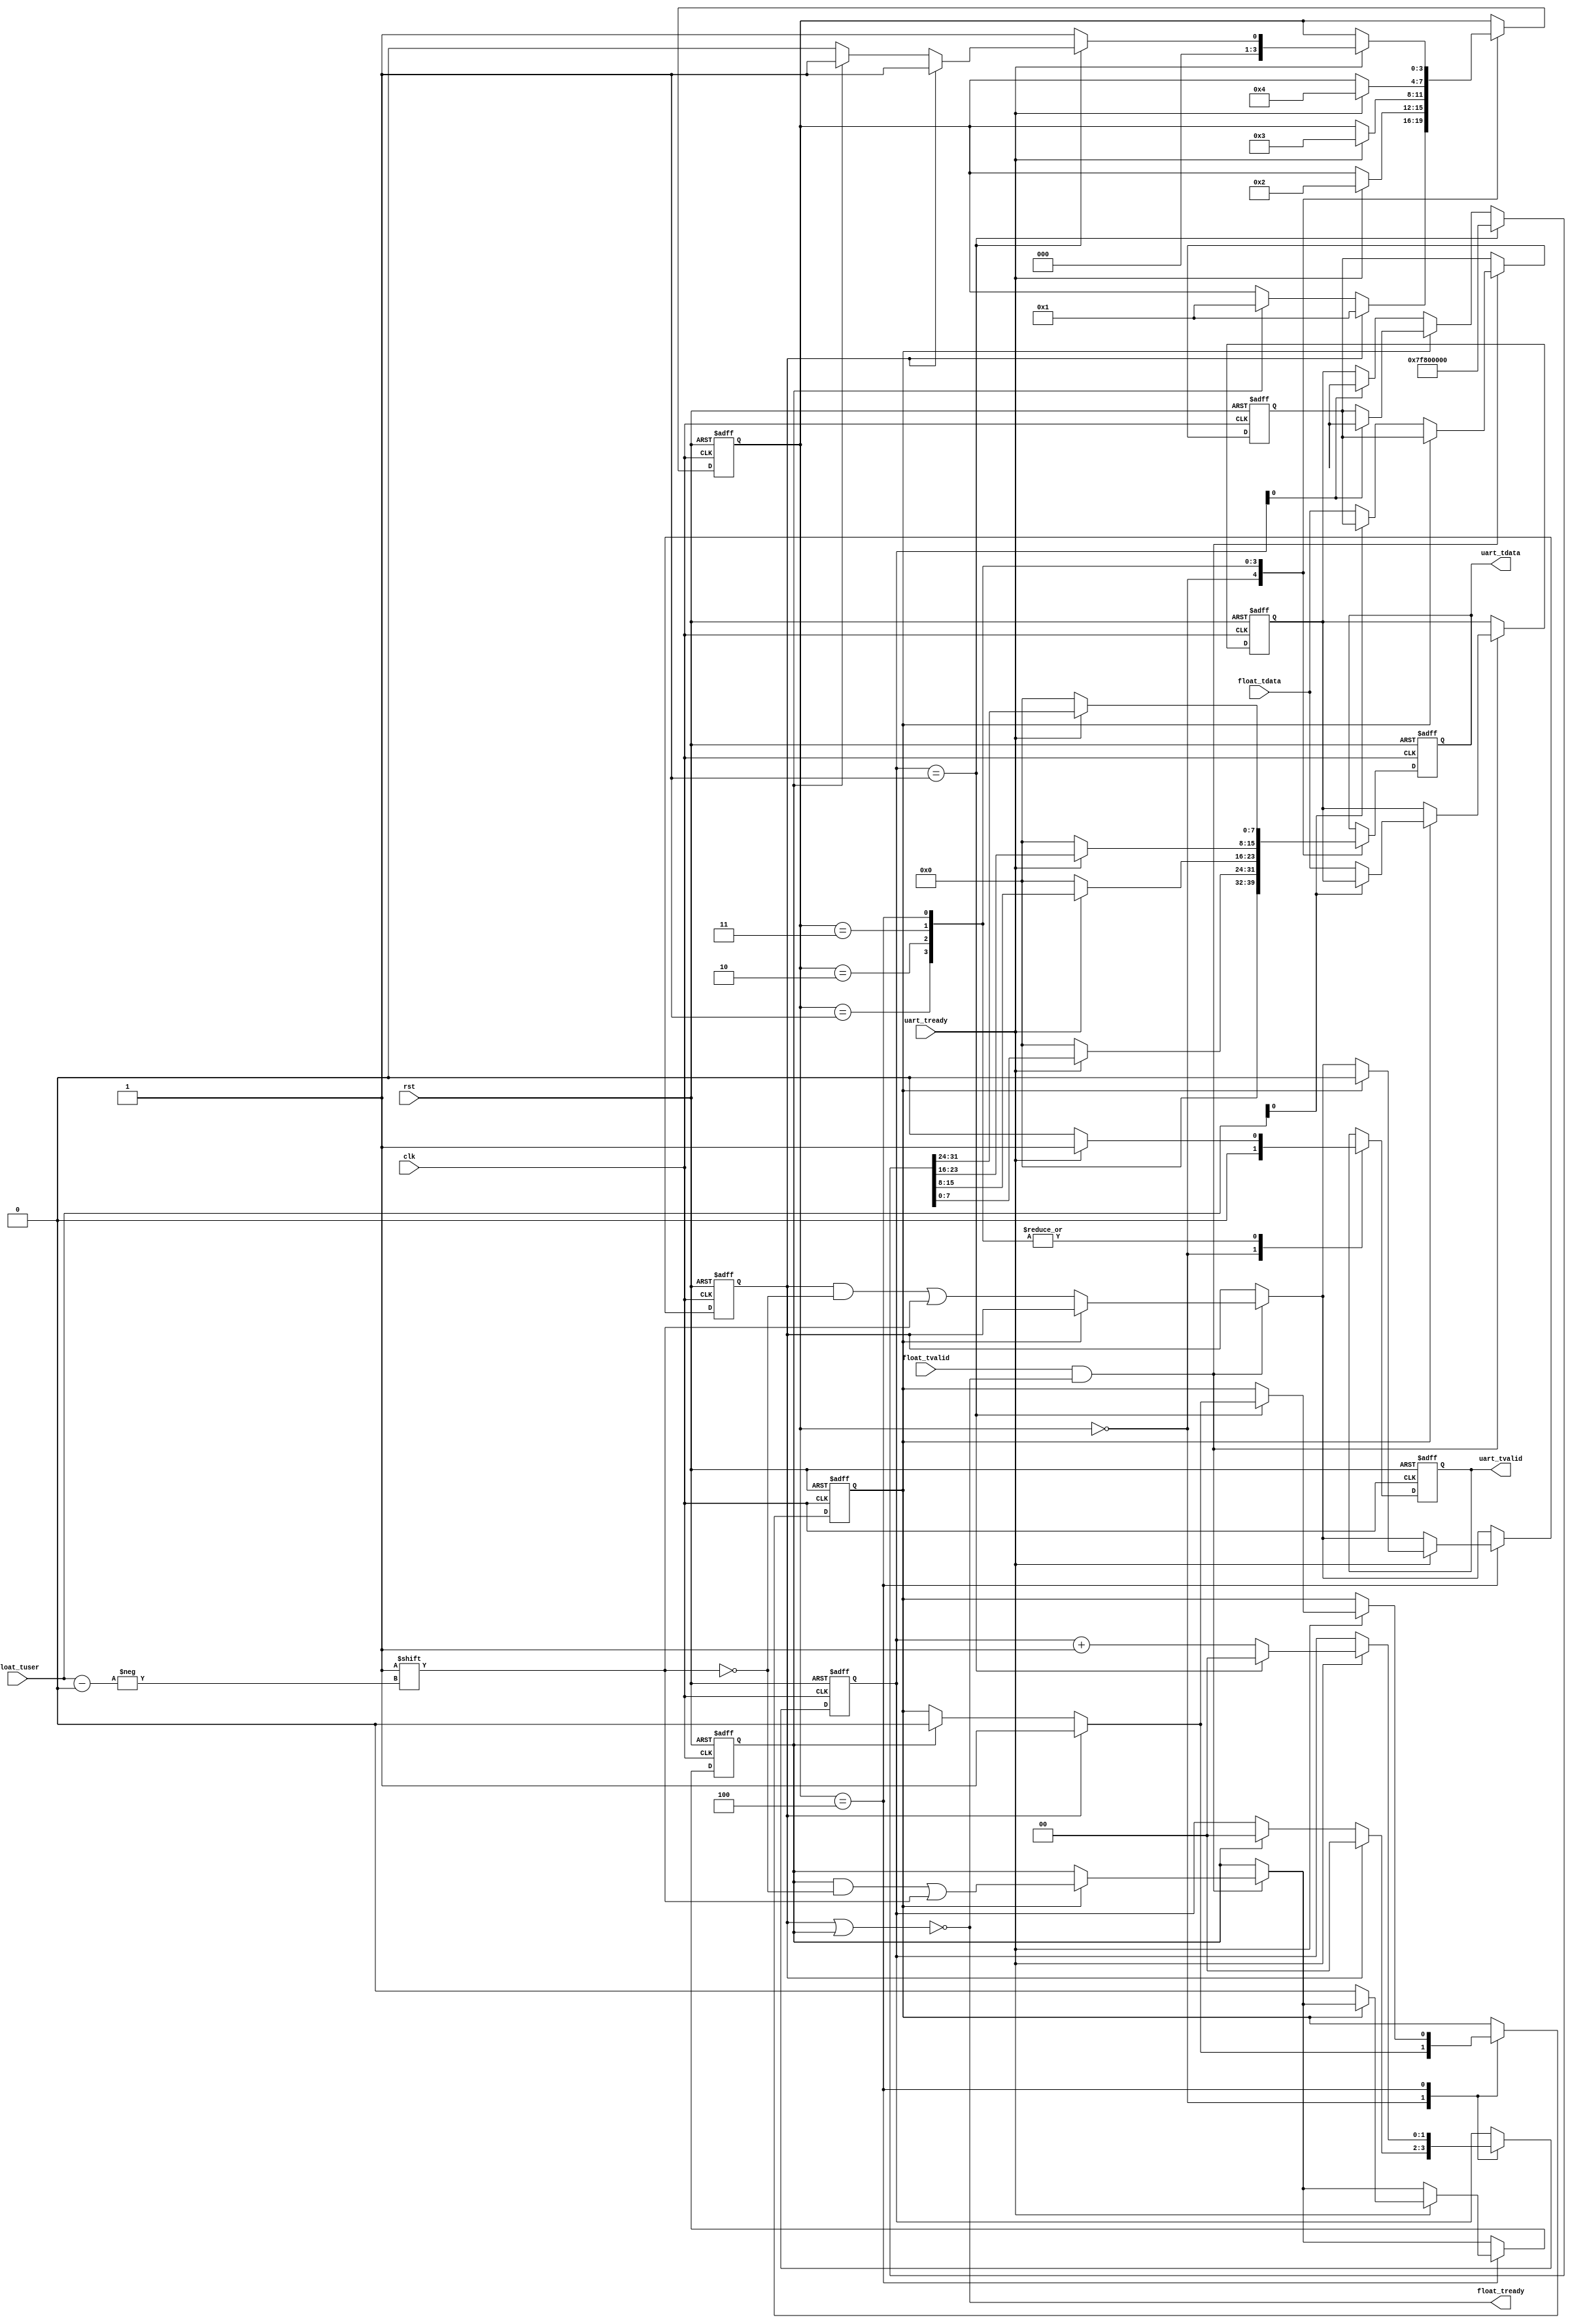
`timescale 1 ns/ 1 ps

module JustFloat#(
        parameter integer CHANNEL_NUM = 1
    )(
        input clk,
        input rst,

        input [31:0] float_tdata,
        input float_tvalid,
        input [$clog2(CHANNEL_NUM)-1:0] float_tuser,
        output float_tready,

        output reg [7:0] uart_tdata,
        input uart_tready,
        output reg uart_tvalid
    );

    localparam [3:0] SEND_IDLE = 4'd0;
    localparam [3:0] SEND_BUF_0 = 4'd1;
    localparam [3:0] SEND_BUF_1 = 4'd2;
    localparam [3:0] SEND_BUF_2 = 4'd3;
    localparam [3:0] SEND_BUF_3 = 4'd4;

    integer i;
    reg buf_select;
    reg [CHANNEL_NUM-1:0] done_flags_0;
    reg [CHANNEL_NUM-1:0] done_flags_1;
    reg [31:0] send_buf_0 [CHANNEL_NUM-1:0];
    reg [31:0] send_buf_1 [CHANNEL_NUM-1:0];

    reg [3:0] send_status;
    reg [$clog2(CHANNEL_NUM)+1:0] send_index;

    wire buf0_full = !(~done_flags_0);
    wire buf1_full = !(~done_flags_1);

    assign float_tready = !(buf0_full || buf1_full);

    wire [31:0] buf_output_data = (send_index == CHANNEL_NUM) ? 32'h7F80_0000 :
         (buf_select == 1'd1) ? send_buf_0[send_index] : send_buf_1[send_index];


    always @(posedge clk or posedge rst) begin
        if (rst) begin
            done_flags_0 <= 'd0;
            done_flags_1 <= 'd0;
            buf_select <= 'd0;
            send_status <= SEND_IDLE;
            send_index <= 'd0;
            uart_tvalid <= 'd0;
            uart_tdata <= 'd0;
            for (i = 0; i < CHANNEL_NUM; i = i + 1) begin
                send_buf_0[i] <= 32'd0;
                send_buf_1[i] <= 32'd0;
            end
        end
        else begin
            if (float_tvalid && float_tready) begin
                if (buf_select == 'd0) begin
                    send_buf_0[float_tuser] <= float_tdata;
                    done_flags_0[float_tuser] <= 1'd1;
                end
                else begin
                    send_buf_1[float_tuser] <= float_tdata;
                    done_flags_1[float_tuser] <= 1'd1;
                end
            end

            case (send_status)
                SEND_IDLE: begin
                    uart_tvalid <= 1'd0;
                    uart_tdata <= 8'd0;

                    if (buf0_full) begin
                        send_status <= SEND_BUF_0;
                        buf_select <= 1'd1;
                        send_index <= 'd0;
                    end
                    else if (buf1_full) begin
                        send_status <= SEND_BUF_0;
                        buf_select <= 1'd0;
                        send_index <= 'd0;
                    end
                end
                SEND_BUF_0:
                    if (uart_tready) begin
                        uart_tvalid <= 1'd1;
                        uart_tdata <= buf_output_data[7:0];
                        send_status <= SEND_BUF_1;
                    end
                    else begin
                        uart_tvalid <= 1'd0;
                        uart_tdata <= 8'd0;
                    end
                SEND_BUF_1:
                    if (uart_tready) begin
                        uart_tvalid <= 1'd1;
                        uart_tdata <= buf_output_data[15:8];
                        send_status <= SEND_BUF_2;
                    end
                    else begin
                        uart_tvalid <= 1'd0;
                        uart_tdata <= 8'd0;
                    end
                SEND_BUF_2:
                    if (uart_tready) begin
                        uart_tvalid <= 1'd1;
                        uart_tdata <= buf_output_data[23:16];
                        send_status <= SEND_BUF_3;
                    end
                    else begin
                        uart_tvalid <= 1'd0;
                        uart_tdata <= 8'd0;
                    end
                SEND_BUF_3:
                    if (uart_tready) begin
                        uart_tvalid <= 1'd1;
                        uart_tdata <= buf_output_data[31:24];

                        if (buf_select == 'd1)
                            done_flags_0 <= 'd0;
                        else
                            done_flags_1 <= 'd0;

                        if (send_index == CHANNEL_NUM) begin
                            send_index <= 'd0;
                            if (buf0_full) begin
                                send_status <= SEND_BUF_0;
                                buf_select <= 1'd1;
                            end
                            else if (buf1_full) begin
                                send_status <= SEND_BUF_0;
                                buf_select <= 1'd0;
                            end
                            else begin
                                send_status <= SEND_IDLE;
                            end
                        end
                        else begin
                            send_status <= SEND_BUF_0;
                            send_index <= send_index + 'd1;
                        end
                    end
                    else begin
                        uart_tvalid <= 1'd0;
                        uart_tdata <= 8'd0;
                    end
            endcase
        end
    end

endmodule